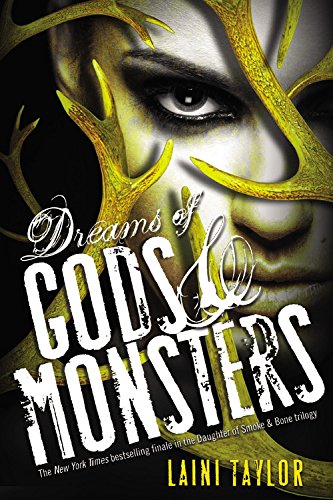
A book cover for Dreams of Gods & Monsters; Laini Taylor; Teen & Young Adult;